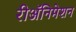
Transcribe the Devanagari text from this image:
रीअॅनिमेशन